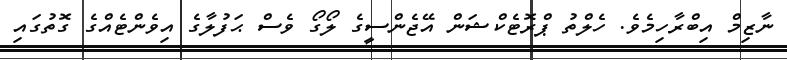
ނާޒިމް އިބްރާހިމެވެ. ހެލްތު ޕްރޮޓެކްޝަން އޭޖެންސީގެ ލޯގޯ ވެސް ޙަފުލާގެ އިވެންޓެއްގެ ގޮތުގައި